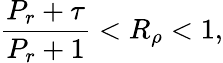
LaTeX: \frac{P_{r}+\tau}{P_{r}+1}<R_{\rho}<1,